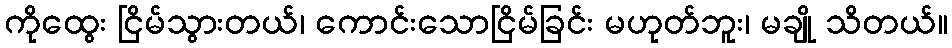
ကိုထွေး ငြိမ်သွားတယ်၊ ကောင်းသောငြိမ်ခြင်း မဟုတ်ဘူး၊ မချို သိတယ်။